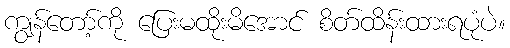
ကျွန်တော့်ကို ပြေးမထိုးမိအောင် စိတ်ထိန်းထားရပုံပဲ။